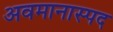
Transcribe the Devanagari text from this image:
अवमानास्पद